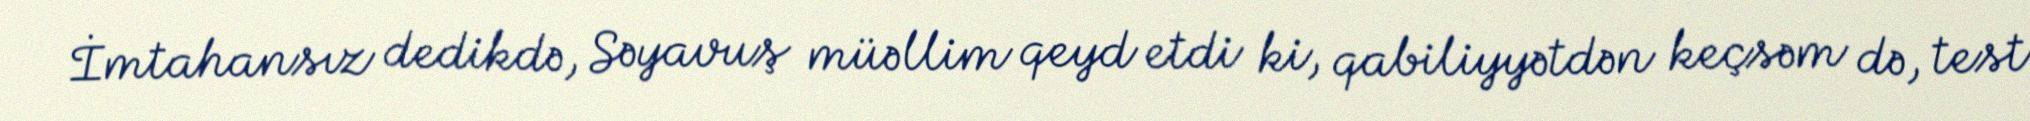
İmtahansız dedikdə, Səyavuş müəllim qeyd etdi ki, qabiliyyətdən keçsəm də, test